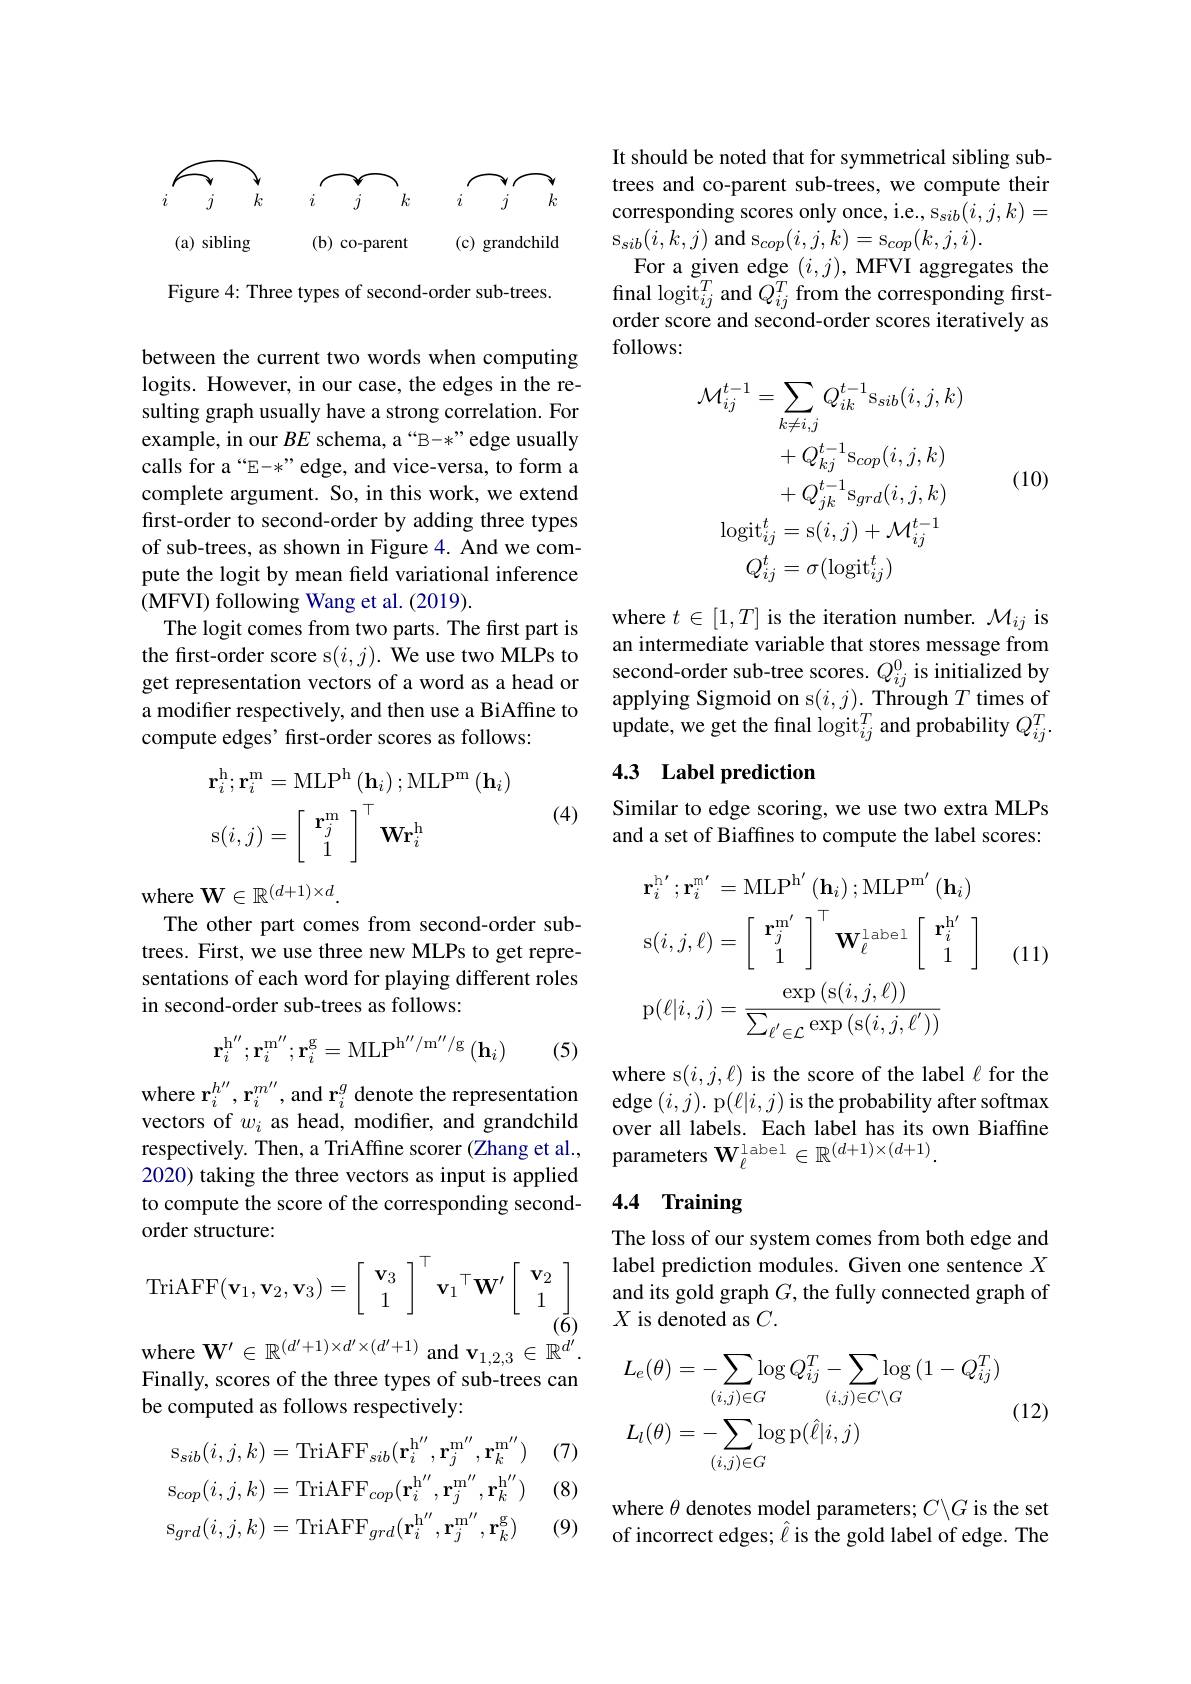
$k$

$k$

$k$

(a) sibling

(c) grandchild

$(\mathbf{b})$ co-parent

Figure 4: Three types of second-order sub-trees.

between the current two words when computing logits. However, in our case, the edges in the resulting graph usually have a strong correlation. For example, in our $BE$ schema, a“B-*”edge usually calls for a“E-*”edge, and vice-versa, to form a complete argument. So, in this work, we extend first-order to second-order by adding three types of sub-trees, as shown in Figure 4. And we compute the logit by mean field variational inference (MFVI) following Wang et al. ( 2019) .
The logit comes from two parts. The frst part is the first-order score s$(i,j).$ We use two MLPs to get representation vectors of a word as a head or a modifier respectively, and then use a BiAffine to compute edges' first-order scores as follows:

(4)
$$\begin{aligned}&\mathbf{r}_{i}^{\mathrm{h}};\mathbf{r}_{i}^{\mathrm{m}}=\mathrm{MLP}^{\mathrm{h}}\left(\mathbf{h}_{i}\right);\mathrm{MLP}^{\mathrm{m}}\left(\mathbf{h}_{i}\right)\\&\mathrm{s}(i,j)=\left[\begin{array}{c}\mathbf{r}_{j}^{\mathrm{m}}\\1\end{array}\right]^{\top}\mathbf{W}\mathbf{r}_{i}^{\mathrm{h}}\end{aligned}$$
where $\mathbf{W}\in\mathbb{R}^{(d+1)\times d}.$
The other part comes from second-order subtrees. First, we use three new MLPs to get representations of each word for playing different roles in second-order sub-trees as follows:
$$\mathbf r_i^{\mathrm h''};\mathbf r_i^{\mathrm m''};\mathbf r_i^{\mathrm g}=\mathrm M\mathrm L\mathrm P^{\mathrm h''/\mathrm m''/\mathrm g}\left(\mathbf h_i\right)$$
(5)

where $\mathbf{r}_i^{h^{\prime\prime}},\mathbf{r}_i^{m^{\prime\prime}}$,and $\mathbf{r}_i^g$ denote the representation vectors of $w_i$ as head, modifier, and grandchild respectively. Then, a TriAffine scorer (Zhang et al., 2020) taking the three vectors as input is applied to compute the score of the corresponding secondorder structure:
$$\mathrm{TriAFF}(\mathbf{v}_1,\mathbf{v}_2,\mathbf{v}_3)=\left[\begin{array}{c}\mathbf{v}_3\\1\end{array}\right]^\top\mathbf{v}_1{}^\top\mathbf{W}^\prime\left[\begin{array}{c}\mathbf{v}_2\\1\end{array}\right]$$
where $\mathbf{W} ^{\prime }\in \mathbb{R} ^{( d^{\prime }+ 1) \times d^{\prime }\times ( d^{\prime }+ 1) }$and$\mathbf{v}_1,2,3\in\mathbb{R}^{d^{\prime}}.$ Finally, scores of the three types of sub-trees can be computed as follows respectively:

(7)

(8)
$$\mathrm{s}_{sib}(i,j,k)=\mathrm{TriAFF}_{sib}(\mathbf{r}_{i}^{\mathrm{h}^{\prime\prime}},\mathbf{r}_{j}^{\mathrm{m}^{\prime\prime}},\mathbf{r}_{k}^{\mathrm{m}^{\prime\prime}})\\\mathrm{s}_{cop}(i,j,k)=\mathrm{TriAFF}_{cop}(\mathbf{r}_{i}^{\mathrm{h}^{\prime\prime}},\mathbf{r}_{j}^{\mathrm{m}^{\prime\prime}},\mathbf{r}_{k}^{\mathrm{h}^{\prime\prime}})\\\mathrm{s}_{grd}(i,j,k)=\mathrm{TriAFF}_{grd}(\mathbf{r}_{i}^{\mathrm{h}^{\prime\prime}},\mathbf{r}_{j}^{\mathrm{m}^{\prime\prime}},\mathbf{r}_{k}^{\mathrm{g}})$$
(9)

It should be noted that for symmetrical sibling subtrees and co-parent sub-trees, we compute their corresponding scores only once, i.e., s$_sib(i,j,k)=$ $\mathrm{s}_{sib}(i,k,j)$ and s$_cop(i,j,k)=$s$_cop(k,j,i).$
For a given edge $(i,j)$,MFVI aggregates the final logit$_ij^T$ and $Q_{ij}^T$ from the corresponding firstorder score and second-order scores iteratively as follows:

(10)
$$\begin{aligned}\mathcal{M}_{ij}^{t-1}&=\sum_{k\neq i,j}Q_{ik}^{t-1}\mathrm{s}_{sib}(i,j,k)\\&+Q_{kj}^{t-1}\mathrm{s}_{cop}(i,j,k)\\&+Q_{jk}^{t-1}\mathrm{s}_{grd}(i,j,k)\\\mathrm{logit}_{ij}^{t}&=\mathrm{s}(i,j)+\mathcal{M}_{ij}^{t-1}\\Q_{ij}^{t}&=\sigma(\mathrm{logit}_{ij}^{t})\end{aligned}$$
where $t\in[1,T]$ is the iteration number. $\mathcal{M}_ij$ is an intermediate variable that stores message from second-order sub-tree scores. $Q_{ij}^{0}$ is initialized by applying Sigmoid on s$(i,j).$Through $T$ times of update, we get the final logit$_ij^T$ and probability $Q_ij^T.$

## 4.3 Label prediction

Similar to edge scoring, we use two extra MLPs and a set of Biaffines to compute the label scores:
$$\left.\begin{aligned}&\mathbf{r}_{i}^{\mathrm{h'}}\:;\mathbf{r}_{i}^{\mathrm{m'}}\:=\mathrm{MLP}^{\mathrm{h'}}\:(\mathbf{h}_{i})\:;\mathrm{MLP}^{\mathrm{m'}}\:(\mathbf{h}_{i})\\&\mathrm{s}(i,j,\ell)=\left[\begin{array}{c}\mathbf{r}_{j}^{\mathrm{m'}}\\1\end{array}\right]^{\top}\mathbf{W}_{\ell}^{1\:\mathrm{abel}}\left[\begin{array}{c}\mathbf{r}_{i}^{\mathrm{h'}}\\1\end{array}\right]\quad(1\\&\mathrm{p}(\ell|i,j)=\frac{\exp\left(\operatorname{s}(i,j,\ell)\right)}{\sum_{\ell^{\prime}\in\mathcal{L}}\exp\left(\operatorname{s}(i,j,\ell^{\prime})\right)}\end{aligned}\right.$$
(11)

where s$(i,j,\ell)$ is the score of the label $\ell$ for the edge $(i,j).$ p$(\ell|i,j)$ is the probability after softmax over all labels. Each label has its own Biaffine parameters $\mathbf{W}_{\ell}^{\mathrm{l~abel}}\in\mathbb{R}^{(d+1)\times(d+1)}.$

# 4.4 Training

The loss of our system comes from both edge and label prediction modules. Given one sentence $X$ and its gold graph $G$, the fully connected graph of $X$ is denoted as $C.$
$$\begin{aligned}&L_{e}(\theta)=-\sum_{(i,j)\in G}\log Q_{ij}^{T}-\sum_{(i,j)\in C\setminus G}\log{(1-Q_{ij}^{T})}\\&L_{l}(\theta)=-\sum_{(i,j)\in G}\log\mathrm{p}(\hat{\ell}|i,j)\end{aligned}$$
(12)

where $\theta$ denotes model parameters; $C\backslash G$ is the set of incorrect edges; $\hat{\ell}$ is the gold label of edge. The